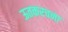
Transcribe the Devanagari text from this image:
ऊतकरचना